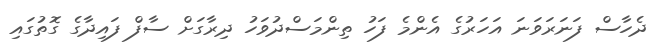
ދެހާސް ފަނަރަވަނަ އަހަރުގެ އެންމެ ފަހު ތިންމަސްދުވަހު ދިރާގަށް ސާފް ފައިދާގެ ގޮތުގައި